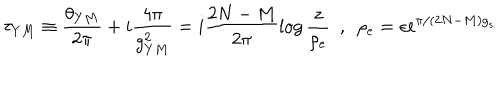
LaTeX: \tau _ { Y M } \equiv \frac { \theta _ { Y M } } { 2 \pi } + i \frac { 4 \pi } { g _ { Y M } ^ { 2 } } = i \frac { 2 N - M } { 2 \pi } \log \frac { z } { \rho _ { e } } ~ ~ , ~ ~ \rho _ { e } = \epsilon \mathrm { e } ^ { \pi / ( 2 N - M ) g _ { s } }